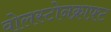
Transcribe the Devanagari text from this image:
वोलस्टोनक्राफ़्ट